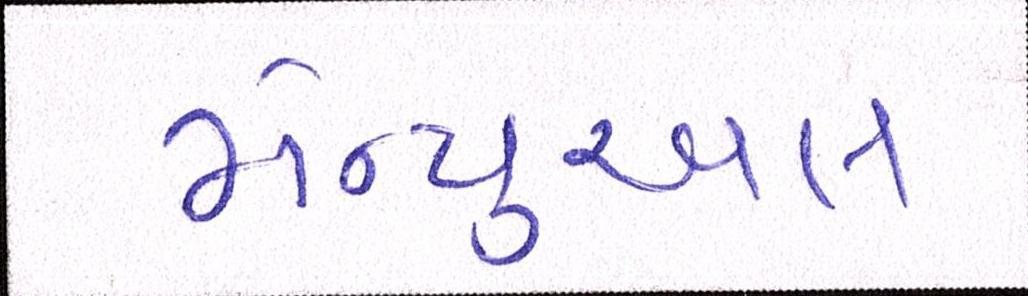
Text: મેન્યુઅલ